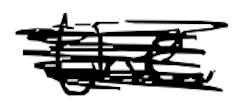
Text: the
Cross-out: mix
Writing tool: digital_black